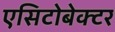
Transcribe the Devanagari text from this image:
एसिटोबेक्टर